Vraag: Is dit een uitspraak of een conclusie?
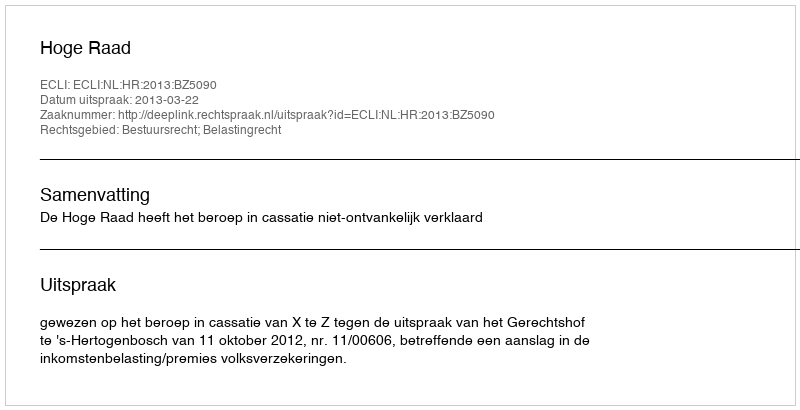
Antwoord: Uitspraak